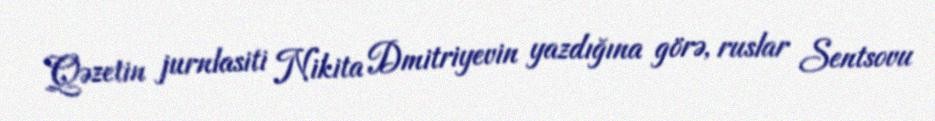
Qəzetin jurnlasiti Nikita Dmitriyevin yazdığına görə, ruslar Sentsovu